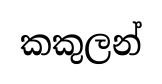
කකුලන්